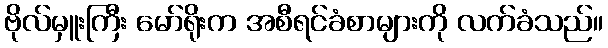
ဗိုလ်မှူးကြီး မော်ရိုးက အစီရင်ခံစာများကို လက်ခံသည်။